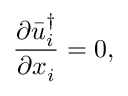
\frac { { \partial \bar { u } _ { i } ^ { \dag } } } { { \partial { x _ { i } } } } = 0 ,